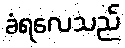
ခံရလေသည်